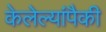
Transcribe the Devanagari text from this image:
केलेल्यांपैकी